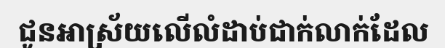
ជូនអាស្រ័យលើលំដាប់ជាក់លាក់ដែល